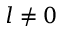
l \neq 0